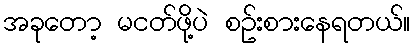
အခုတော့ မငတ်ဖို့ပဲ စဥ်းစားနေရတယ်။